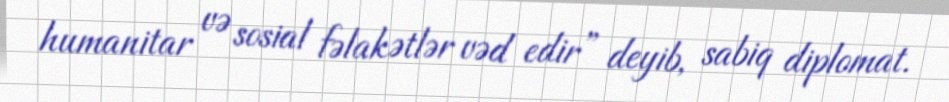
humanitar və sosial fəlakətlər vəd edir” deyib, sabiq diplomat.